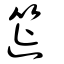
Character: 簁